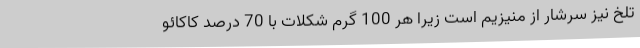
تلخ نیز سرشار از منیزیم است زیرا هر 100 گرم شکلات با 70 درصد کاکائو